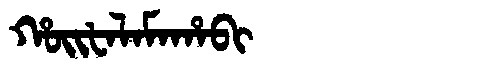
Manchu: ᡥᠣᡳᡶᠠᠯᠠᠮᠠᡥᠠᠪᡳ
Romanization: HOIFALAMAHABI